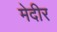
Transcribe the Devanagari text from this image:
मेदीर